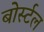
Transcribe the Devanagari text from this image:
बोर्स्टल